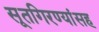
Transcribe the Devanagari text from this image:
सूतगिरण्यांसह